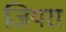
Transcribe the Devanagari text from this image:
जियरा